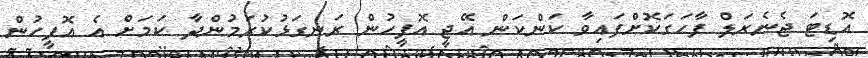
އޮޑިޓަ ޖެނެރަލް ފާހަގަކޮށްފައިވާ ކަންކަން އޭޖީ އޮފީހުން ރަނގަޅުކުރަމުންދާ ކަމަށް އެ އޮފީހުން